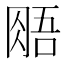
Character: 𰮧